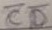
Text: CC